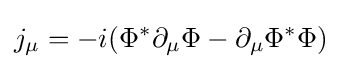
j_{\mu }=-i(\Phi ^{*}\partial _{\mu }\Phi -\partial _{\mu }\Phi ^{*}\Phi )